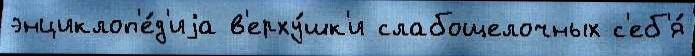
энциклоп'е́д'иjа в'ерху́шк'и слабощелочных с'еб'я́